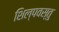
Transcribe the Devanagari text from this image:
शिल्पवस्तु